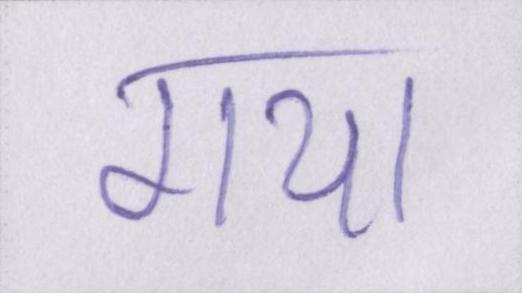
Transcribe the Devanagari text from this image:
गया